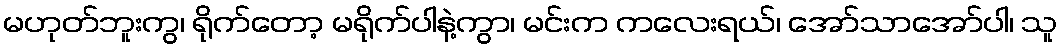
မဟုတ်ဘူးကွ၊ ရိုက်တော့ မရိုက်ပါနဲ့ကွာ၊ မင်းက ကလေးရယ်၊ အော်သာအော်ပါ၊ သူ